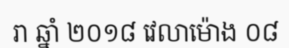
រា ឆ្នាំ ២០១៨ វេលាម៉ោង ០៨